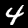
Digit: 4